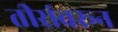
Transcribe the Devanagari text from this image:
तीरांवरून